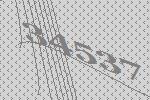
34537